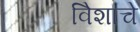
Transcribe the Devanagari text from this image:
विेशाचे